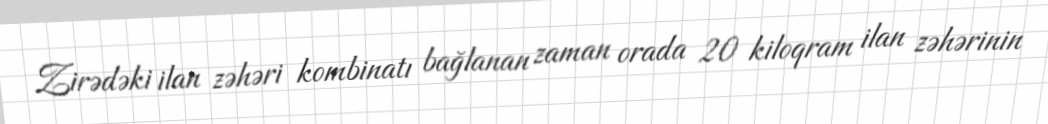
Zirədəki ilan zəhəri kombinatı bağlanan zaman orada 20 kiloqram ilan zəhərinin